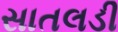
સાતલડી